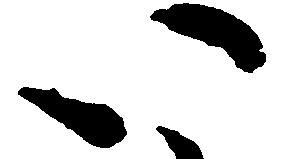
い